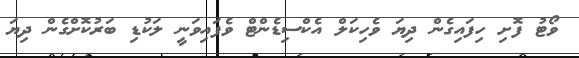
ވޯޓު ފޮށި ހިފައިގެން ދިޔަ ވެހިކަލް އެކްސިޑެންޓް ވެފައިވަނީ ލަކުޑި ބަރުކޮށްގެން ދިޔަ